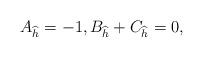
LaTeX: \begin{align*}A_{\widehat h} = -1,B_{\widehat h}+C_{\widehat h}=0,\end{align*}